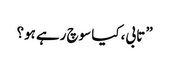
” تابی، کیا سوچ رہے ہو؟